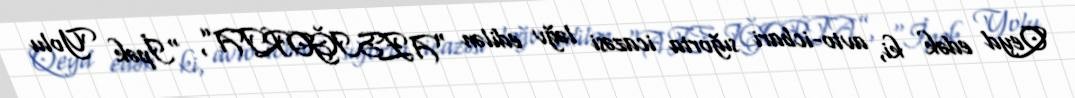
Qeyd edək ki, avto-icbari sığorta icazəsi ləğv edilən “AZSIĞORTA”, "İpək Yolu